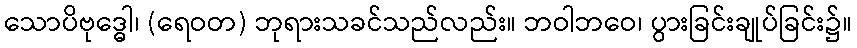
သောပိဗုဒ္ဓေါ၊ (ရေဝတ) ဘုရားသခင်သည်လည်း။ ဘဝါဘဝေ၊ ပွားခြင်းချုပ်ခြင်း၌။